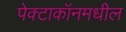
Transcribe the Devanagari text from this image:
पेक्टाकॉनमधील